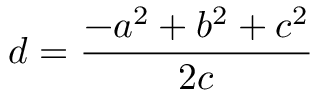
d = { \frac { - a ^ { 2 } + b ^ { 2 } + c ^ { 2 } } { 2 c } }